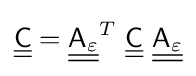
{\underline {\underline {\mathsf {C}}}}={\underline {\underline {{\mathsf {A}}_{\varepsilon }}}}^{T}~{\underline {\underline {\mathsf {C}}}}~{\underline {\underline {{\mathsf {A}}_{\varepsilon }}}}